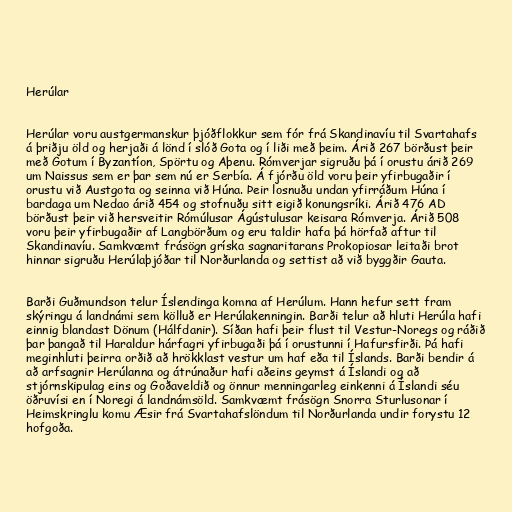
Herúlar

Herúlar voru austgermanskur þjóðflokkur sem fór frá Skandinavíu til Svartahafs
á þriðju öld og herjaði á lönd í slóð Gota og í liði með þeim. Árið 267 börðust þeir
með Gotum í Byzantíon, Spörtu og Aþenu. Rómverjar sigruðu þá í orustu árið 269
um Naissus sem er þar sem nú er Serbía. Á fjórðu öld voru þeir yfirbugaðir í
orustu við Austgota og seinna við Húna. Þeir losnuðu undan yfirráðum Húna í
bardaga um Nedao árið 454 og stofnuðu sitt eigið konungsríki. Árið 476 AD
börðust þeir við hersveitir Rómúlusar Ágústulusar keisara Rómverja. Árið 508
voru þeir yfirbugaðir af Langbörðum og eru taldir hafa þá hörfað aftur til
Skandinavíu. Samkvæmt frásögn gríska sagnaritarans Prokopiosar leitaði brot
hinnar sigruðu Herúlaþjóðar til Norðurlanda og settist að við byggðir Gauta.

Barði Guðmundson telur Íslendinga komna af Herúlum. Hann hefur sett fram
skýringu á landnámi sem kölluð er Herúlakenningin. Barði telur að hluti Herúla hafi
einnig blandast Dönum (Hálfdanir). Síðan hafi þeir flust til Vestur-Noregs og ráðið
þar þangað til Haraldur hárfagri yfirbugaði þá í orustunni í Hafursfirði. Þá hafi
meginhluti þeirra orðið að hrökklast vestur um haf eða til Íslands. Barði bendir á
að arfsagnir Herúlanna og átrúnaður hafi aðeins geymst á Íslandi og að
stjórnskipulag eins og Goðaveldið og önnur menningarleg einkenni á Íslandi séu
öðruvísi en í Noregi á landnámsöld. Samkvæmt frásögn Snorra Sturlusonar í
Heimskringlu komu Æsir frá Svartahafslöndum til Norðurlanda undir forystu 12
hofgoða.